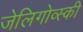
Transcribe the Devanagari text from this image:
जेलिगोव्स्की